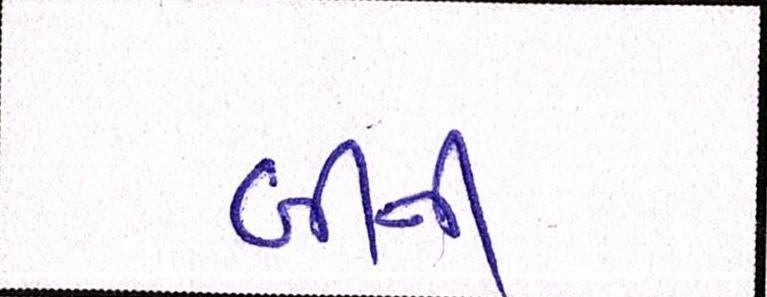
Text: બીની